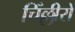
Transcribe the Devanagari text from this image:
चिँल्लीरो